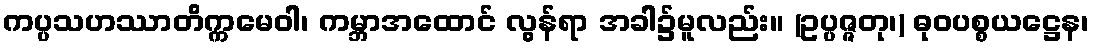
ကပ္ပသဟဿာတိက္ကမေဝါ၊ ကမ္ဘာအထောင် လွန်ရာ အခါ၌မူလည်း။ (ဥပ္ပဇ္ဇတု၊) ဓုဝပစ္စယဋ္ဌေန၊